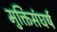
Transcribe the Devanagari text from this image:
मुक्तिसंघर्ष